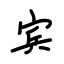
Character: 宾